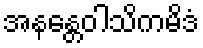
အနန္တေဝါသိကမိဒံ